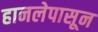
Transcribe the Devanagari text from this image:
हानलेपासून